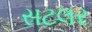
સટલર